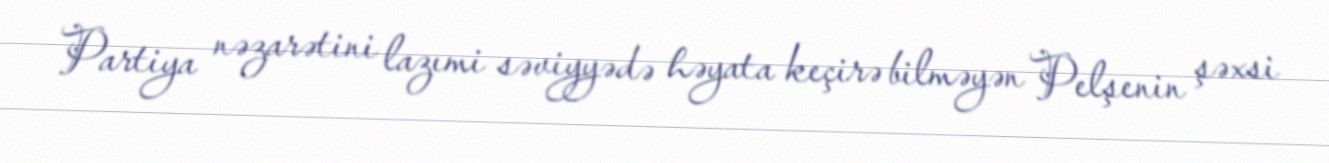
Partiya nəzarətini lazımi səviyyədə həyata keçirə bilməyən Pelşenin şəxsi